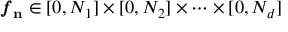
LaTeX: { \boldsymbol { f } } _ { \mathbf { n } } \in [ 0 , N _ { 1 } ] \times [ 0 , N _ { 2 } ] \times \cdots \times [ 0 , N _ { d } ]